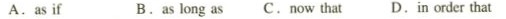
A.as if B.as long as C. now that D. in order that